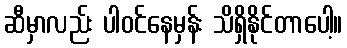
ဆီမှာလည်း ပါဝင်နေမှန်း သိရှိနိုင်တာပေါ့။